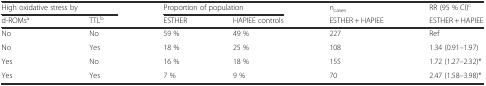
<table><thead><tr><td colspan="2"><b>High oxidative stress by</b></td><td colspan="2"><b>Proportion of population</b></td><td><b>n<sub>cases</sub></b></td><td><b>RR (95 % CI)<sup>c</sup></b></td></tr><tr><td><b>d-ROMs<sup>a</sup></b></td><td><b>TTL<sup>b</sup></b></td><td><b>ESTHER</b></td><td><b>HAPIEE controls</b></td><td><b>ESTHER + HAPIEE</b></td><td><b>ESTHER + HAPIEE</b></td></tr></thead><tbody><tr><td>No</td><td>No</td><td>59 %</td><td>49 %</td><td>227</td><td>Ref</td></tr><tr><td>No</td><td>Yes</td><td>18 %</td><td>25 %</td><td>108</td><td>1.34 (0.91–1.97)</td></tr><tr><td>Yes</td><td>No</td><td>16 %</td><td>18 %</td><td>155</td><td>1.72 (1.27–2.32)*</td></tr><tr><td>Yes</td><td>Yes</td><td>7 %</td><td>9 %</td><td>70</td><td>2.47 (1.58–3.98)*</td></tr></tbody></table>